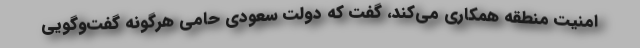
امنیت منطقه همکاری می‌کند، گفت که دولت سعودی حامی هرگونه گفت‌و‌گویی